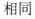
相同